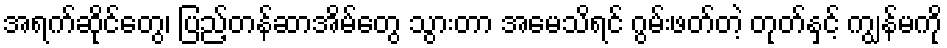
အရက်ဆိုင်တွေ၊ ပြည့်တန်ဆာအိမ်တွေ သွားတာ အမေသိရင် ဂွမ်းဖတ်တဲ့ တုတ်နှင့် ကျွန်မကို